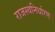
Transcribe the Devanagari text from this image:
राजस्वनिर्धारण